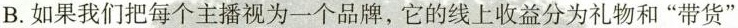
B.如果我们把每个主播视为一个品牌，它的线上收益分为礼物和”带货”